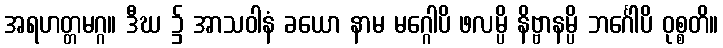
အရဟတ္တမဂ္ဂ။ ဒီဃ ၌ အာသဝါနံ ခယော နာမ မဂ္ဂေါပိ ဖလမ္ပိ နိဗ္ဗာနမ္ပိ ဘင်္ဂေါပိ ဝုစ္စတိ။